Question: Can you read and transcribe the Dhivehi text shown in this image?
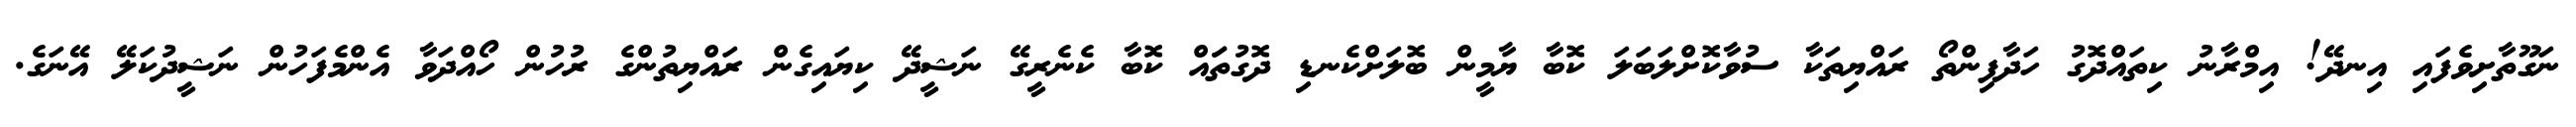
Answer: ނަގޫތާށިވެފައި އިނދޭ! އިމްރާނު ކިތައްދޮގު ހަދާފިންތޯ ރައްޔިތަކާ ސުވާކޮށްލަބަލަ ކޮބާ ޔާމީން ބޮލަށްކެނޑި ދޮގުތަައް ކޮބާ ކެނެރީގޭ ނަޝީދޭ ކިޔައިގެން ރައްޔިތުންގެ ރުހުން ހޯއްދަވާ އެންމެފަހުން ނަޝީދުކަލޭ އޭނަގެ.